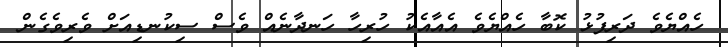
ހެއްޔެވެ ދަރިފުޅު ކޮބާ ހެއްޔެވެ އެއާއެކު ހުރިހާ ހަނދާނެއް ވެސް ސިކުނޑިއަށް ވެރިވެގެން